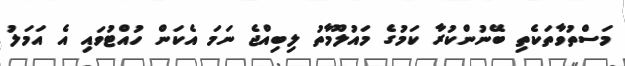
މަސްތުވާތަކެތި ބޭނުންކުރާ ކަމުގެ މައުލޫމާތު ލިބިއްޖެ ނަމަ އެކަން ހުއްޓުވައި އެ އަމަލު